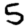
Digit: 5